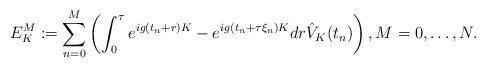
LaTeX: \begin{align*}E^M_K:= \sum_{n = 0}^M \left( \int_0^{\tau} e^{i g (t_n + r) K} - e^{i g (t_n + \tau \xi_n) K} d r \hat{V}_K (t_n) \right) ,M=0,\dots,N.\end{align*}